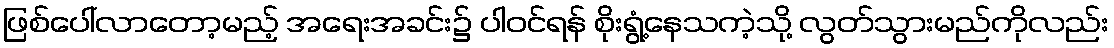
ဖြစ်ပေါ်လာတော့မည့် အရေးအခင်း၌ ပါဝင်ရန် စိုးရွံ့နေသကဲ့သို့ လွတ်သွားမည်ကိုလည်း